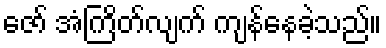
ဇော် အံကြိတ်လျက် ကျန်နေခဲ့သည်။